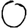
Digit: 0